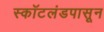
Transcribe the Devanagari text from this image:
स्कॉटलंडपासून